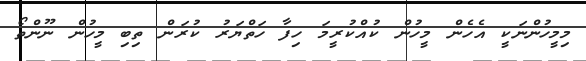
މިމީހުންނަކީ އެހެން މީހުން ކުއްކުރީމަ ހިފާ ހަތްޔަރު ކުރަން ތިބި މީހުން ނޫންތޯ